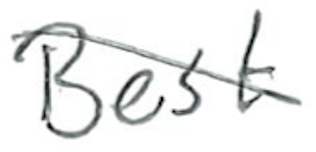
Text: Best
Cross-out: diagonal
Writing tool: ballpoint